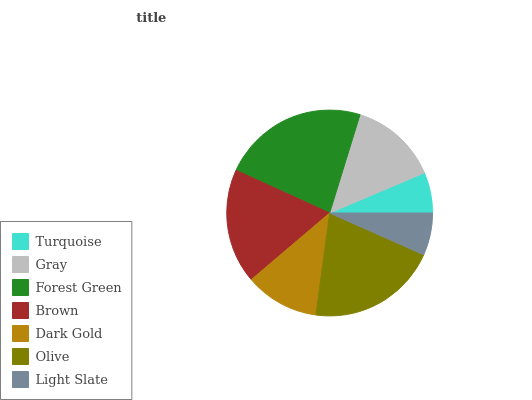
| Turquoise | Gray | Forest Green | Brown | Dark Gold | Olive | Light Slate |
 | --- | --- | --- | --- | --- | --- | --- |
 | 6.38% | 13.9% | 22.9% | 18% | 11.7% | 20.5% | 6.65% |